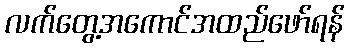
လက်တွေ့အကောင်အထည်ဖော်ရန်